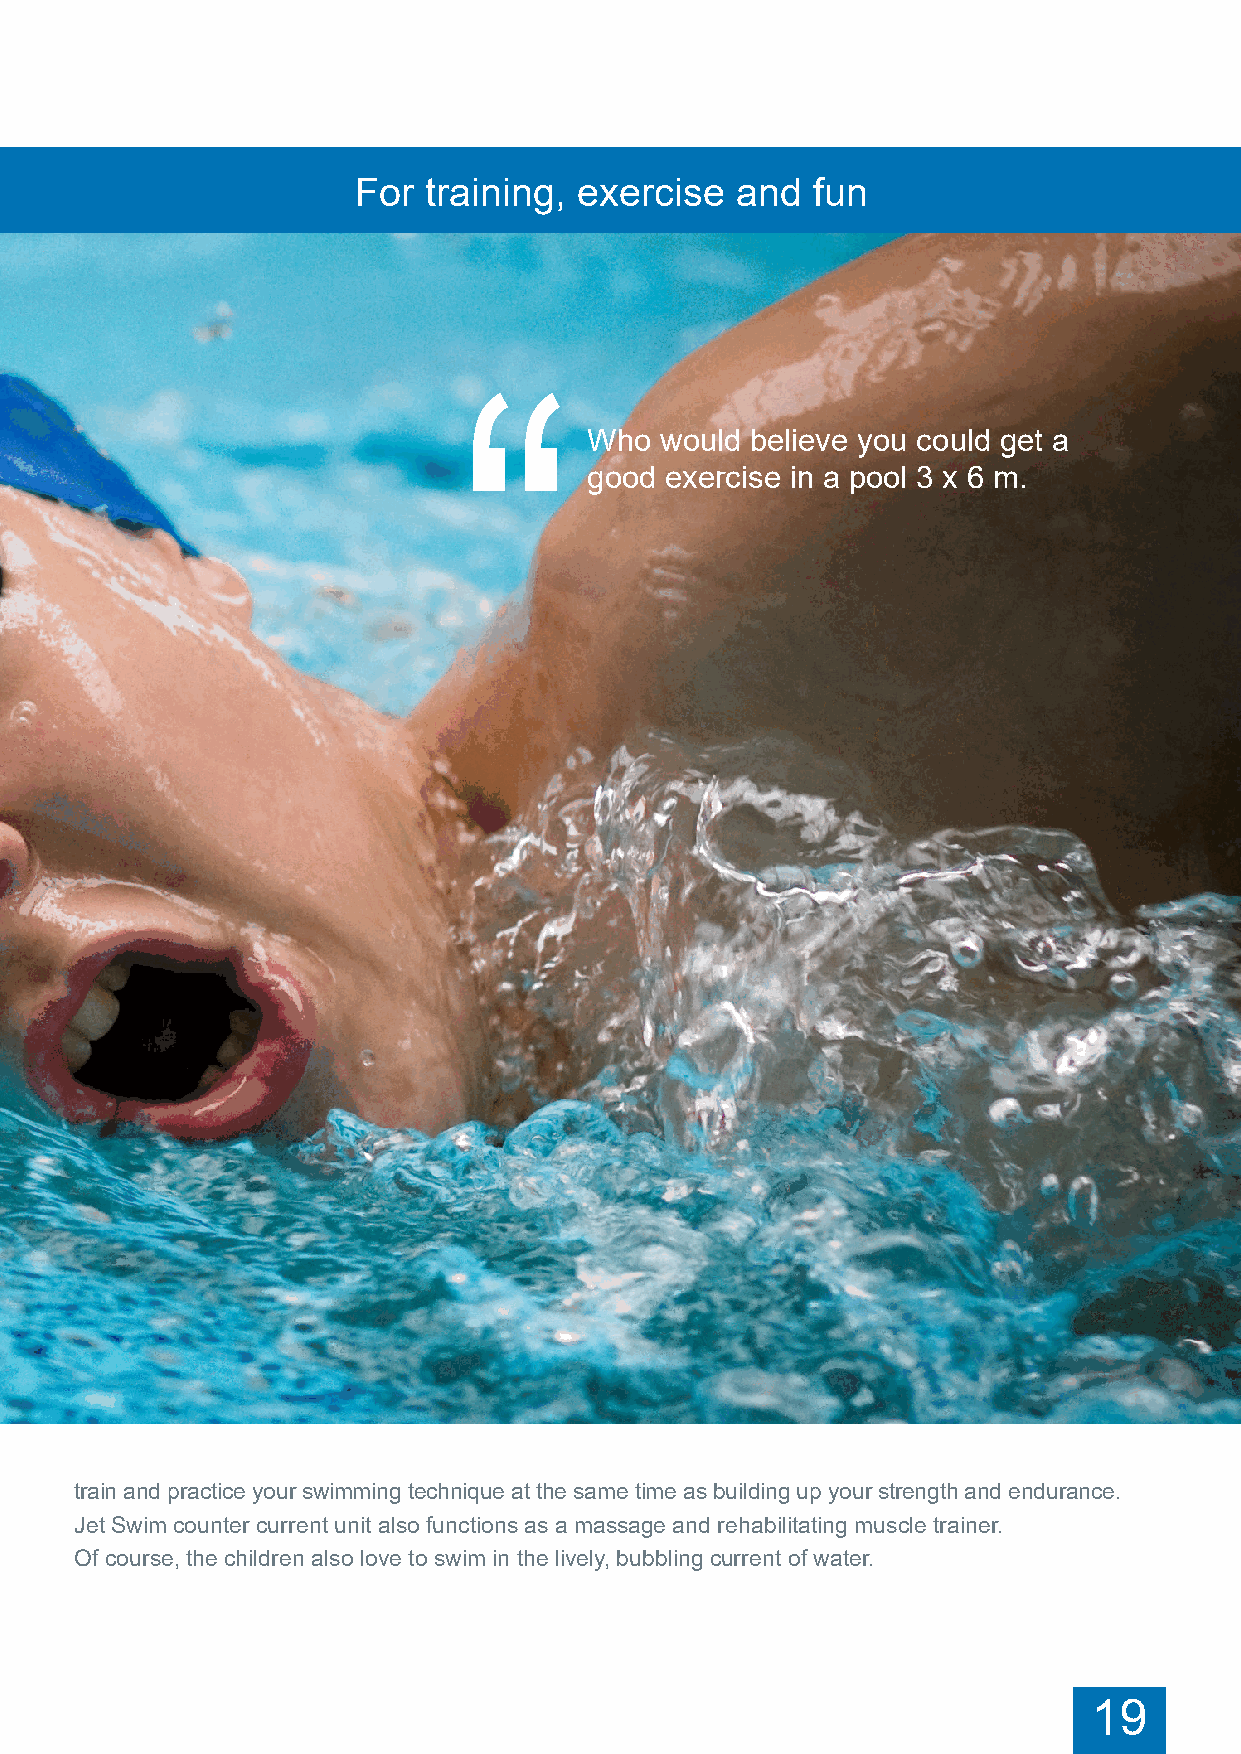
For  training, exercise   and  fun
 Who  would believe you could get a
 good exercise in a pool 3 x 6 m.
 train and practice your swimming technique at the same time as building up your strength and endurance.
 Jet Swim counter current unit also functions as a massage and rehabilitating muscle trainer.
 Of course, the children also love to swim in the lively, bubbling current of water.
 19                                                                19